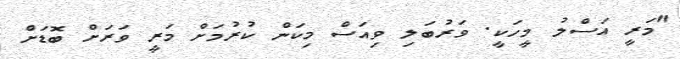
"މަރީ އަސްލު މީހަކީ. ވަރުބަލި ވިއަސް މިކަން ކުރުމަށް މަރީ ވަރަށް ބޮޑަށް